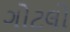
ગોટલો